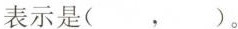
表示是(，)。